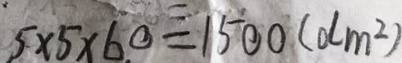
5 \times 5 \times 6 0 = 1 5 0 0 ( d m ^ { 2 } )